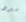
سدد